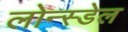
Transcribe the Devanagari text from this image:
लोन्स्डेल